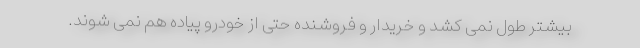
بیشتر طول نمی کشد و خریدار و فروشنده حتی از خودرو پیاده هم نمی شوند.